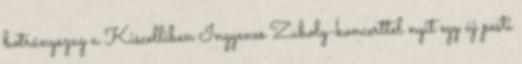
botrányszag a Kiscelliben Ingyenes Zuboly-koncerttel nyit egy új pesti